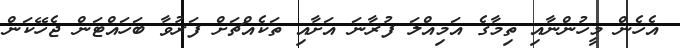
އެހެން މީހުންނާއި ތިމާގެ އަމިއްލަ ފުރާނަ އަށާއި ތަކެއްޗަށް ފަރުވާ ބަހައްޓަން ޖެހޭކަން